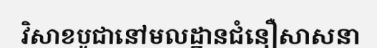
វិសាខបូជានៅមលដ្ឋានជំនឿសាសនា